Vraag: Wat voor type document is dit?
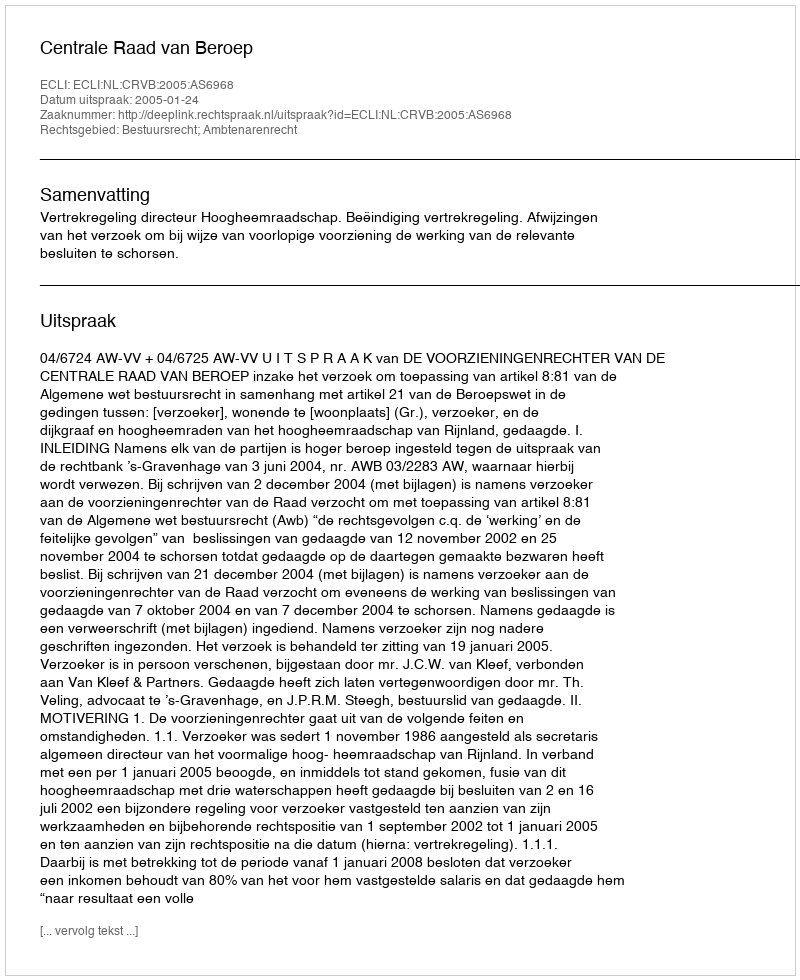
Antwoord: Uitspraak